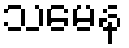
သမေန